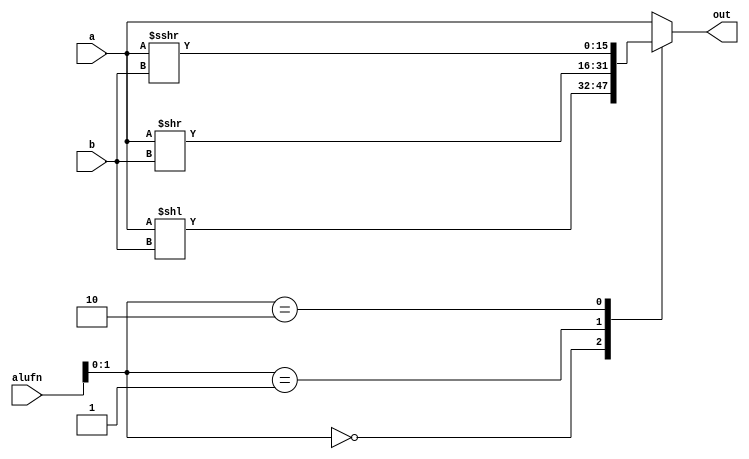
module shifter_19 (
    input [15:0] a,
    input [3:0] b,
    input [5:0] alufn,
    output reg [15:0] out
  );
  
  
  
  always @* begin
    
    case (alufn[0+1-:2])
      default: begin
        out = a;
      end
      2'h0: begin
        out = a << b;
      end
      2'h1: begin
        out = a >> b;
      end
      2'h2: begin
        out = $signed(a) >>> b;
      end
    endcase
  end
endmodule